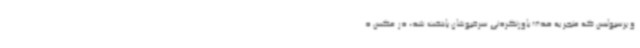
و پرسپولیس که منجر به حذف باورنکردنی سرخپوشان پایتخت شد، در عکس د